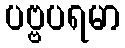
ပဗ္ဗပရမာ